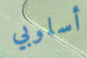
أسلوبي